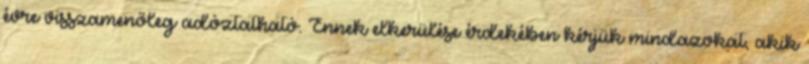
évre visszamenőleg adóztatható. Ennek elkerülése érdekében kérjük mindazokat, akik